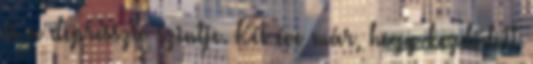
és a depresszió szintje. Két éve már, hogy kezdődött